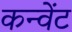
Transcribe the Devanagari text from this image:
कन्वेंट